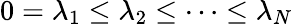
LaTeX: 0=\lambda_{1}\leq\lambda_{2}\leq\cdots\leq\lambda_{N}